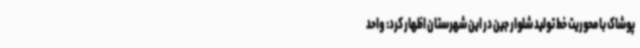
پوشاک با محوریت خط تولید شلوار جین در این شهرستان اظهار کرد: واحد